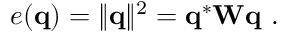
e ( { \bf q } ) = \| { \bf q } \| ^ { 2 } = { \bf q } ^ { * } { \bf W q } \mathrm { ~ . ~ }